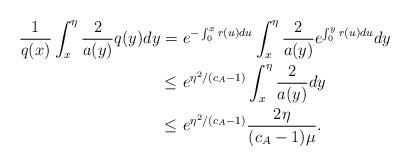
LaTeX: \begin{align*}\frac{1}{q(x)} \int_{x}^{\eta} \frac{2}{a(y)}q(y) dy =&\ e^{-\int_{0}^{x} r(u) du} \int_{x}^{\eta} \frac{2}{a(y)} e^{\int_{0}^{y} r(u) du} dy \\\leq&\ e^{\eta^2/(c_A-1)} \int_{x}^{\eta} \frac{2}{a(y)} dy \\\leq&\ e^{\eta^2/(c_A-1)} \frac{2\eta}{(c_A - 1)\mu}.\end{align*}